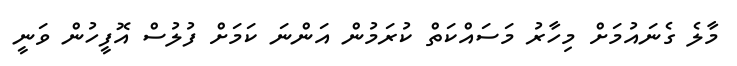
މާލެ ގެނައުމަށް މިހާރު މަސައްކަތް ކުރަމުން އަންނަ ކަމަށް ފުލުސް އޮފީހުން ވަނީ